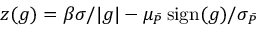
z ( g ) = \beta \sigma / | g | - \mu _ { \bar { P } } \operatorname { s i g n } ( g ) / \sigma _ { \bar { P } }